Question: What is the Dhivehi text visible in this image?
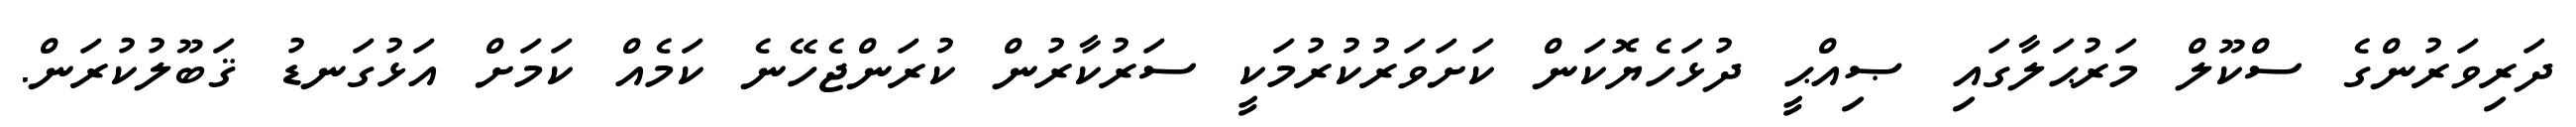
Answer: ދަރިވަރުންގެ ސްކޫލް މަރުޙަލާގައި ޞިއްޙީ ދުޅަހެޔޮކަން ކަށަވަރުކުރުމަކީ ސަރުކާރުން ކުރަންޖެހޭނެ ކަމެއް ކަމަށް އަޅުގަނޑު ޤަބޫލުކުރަން.